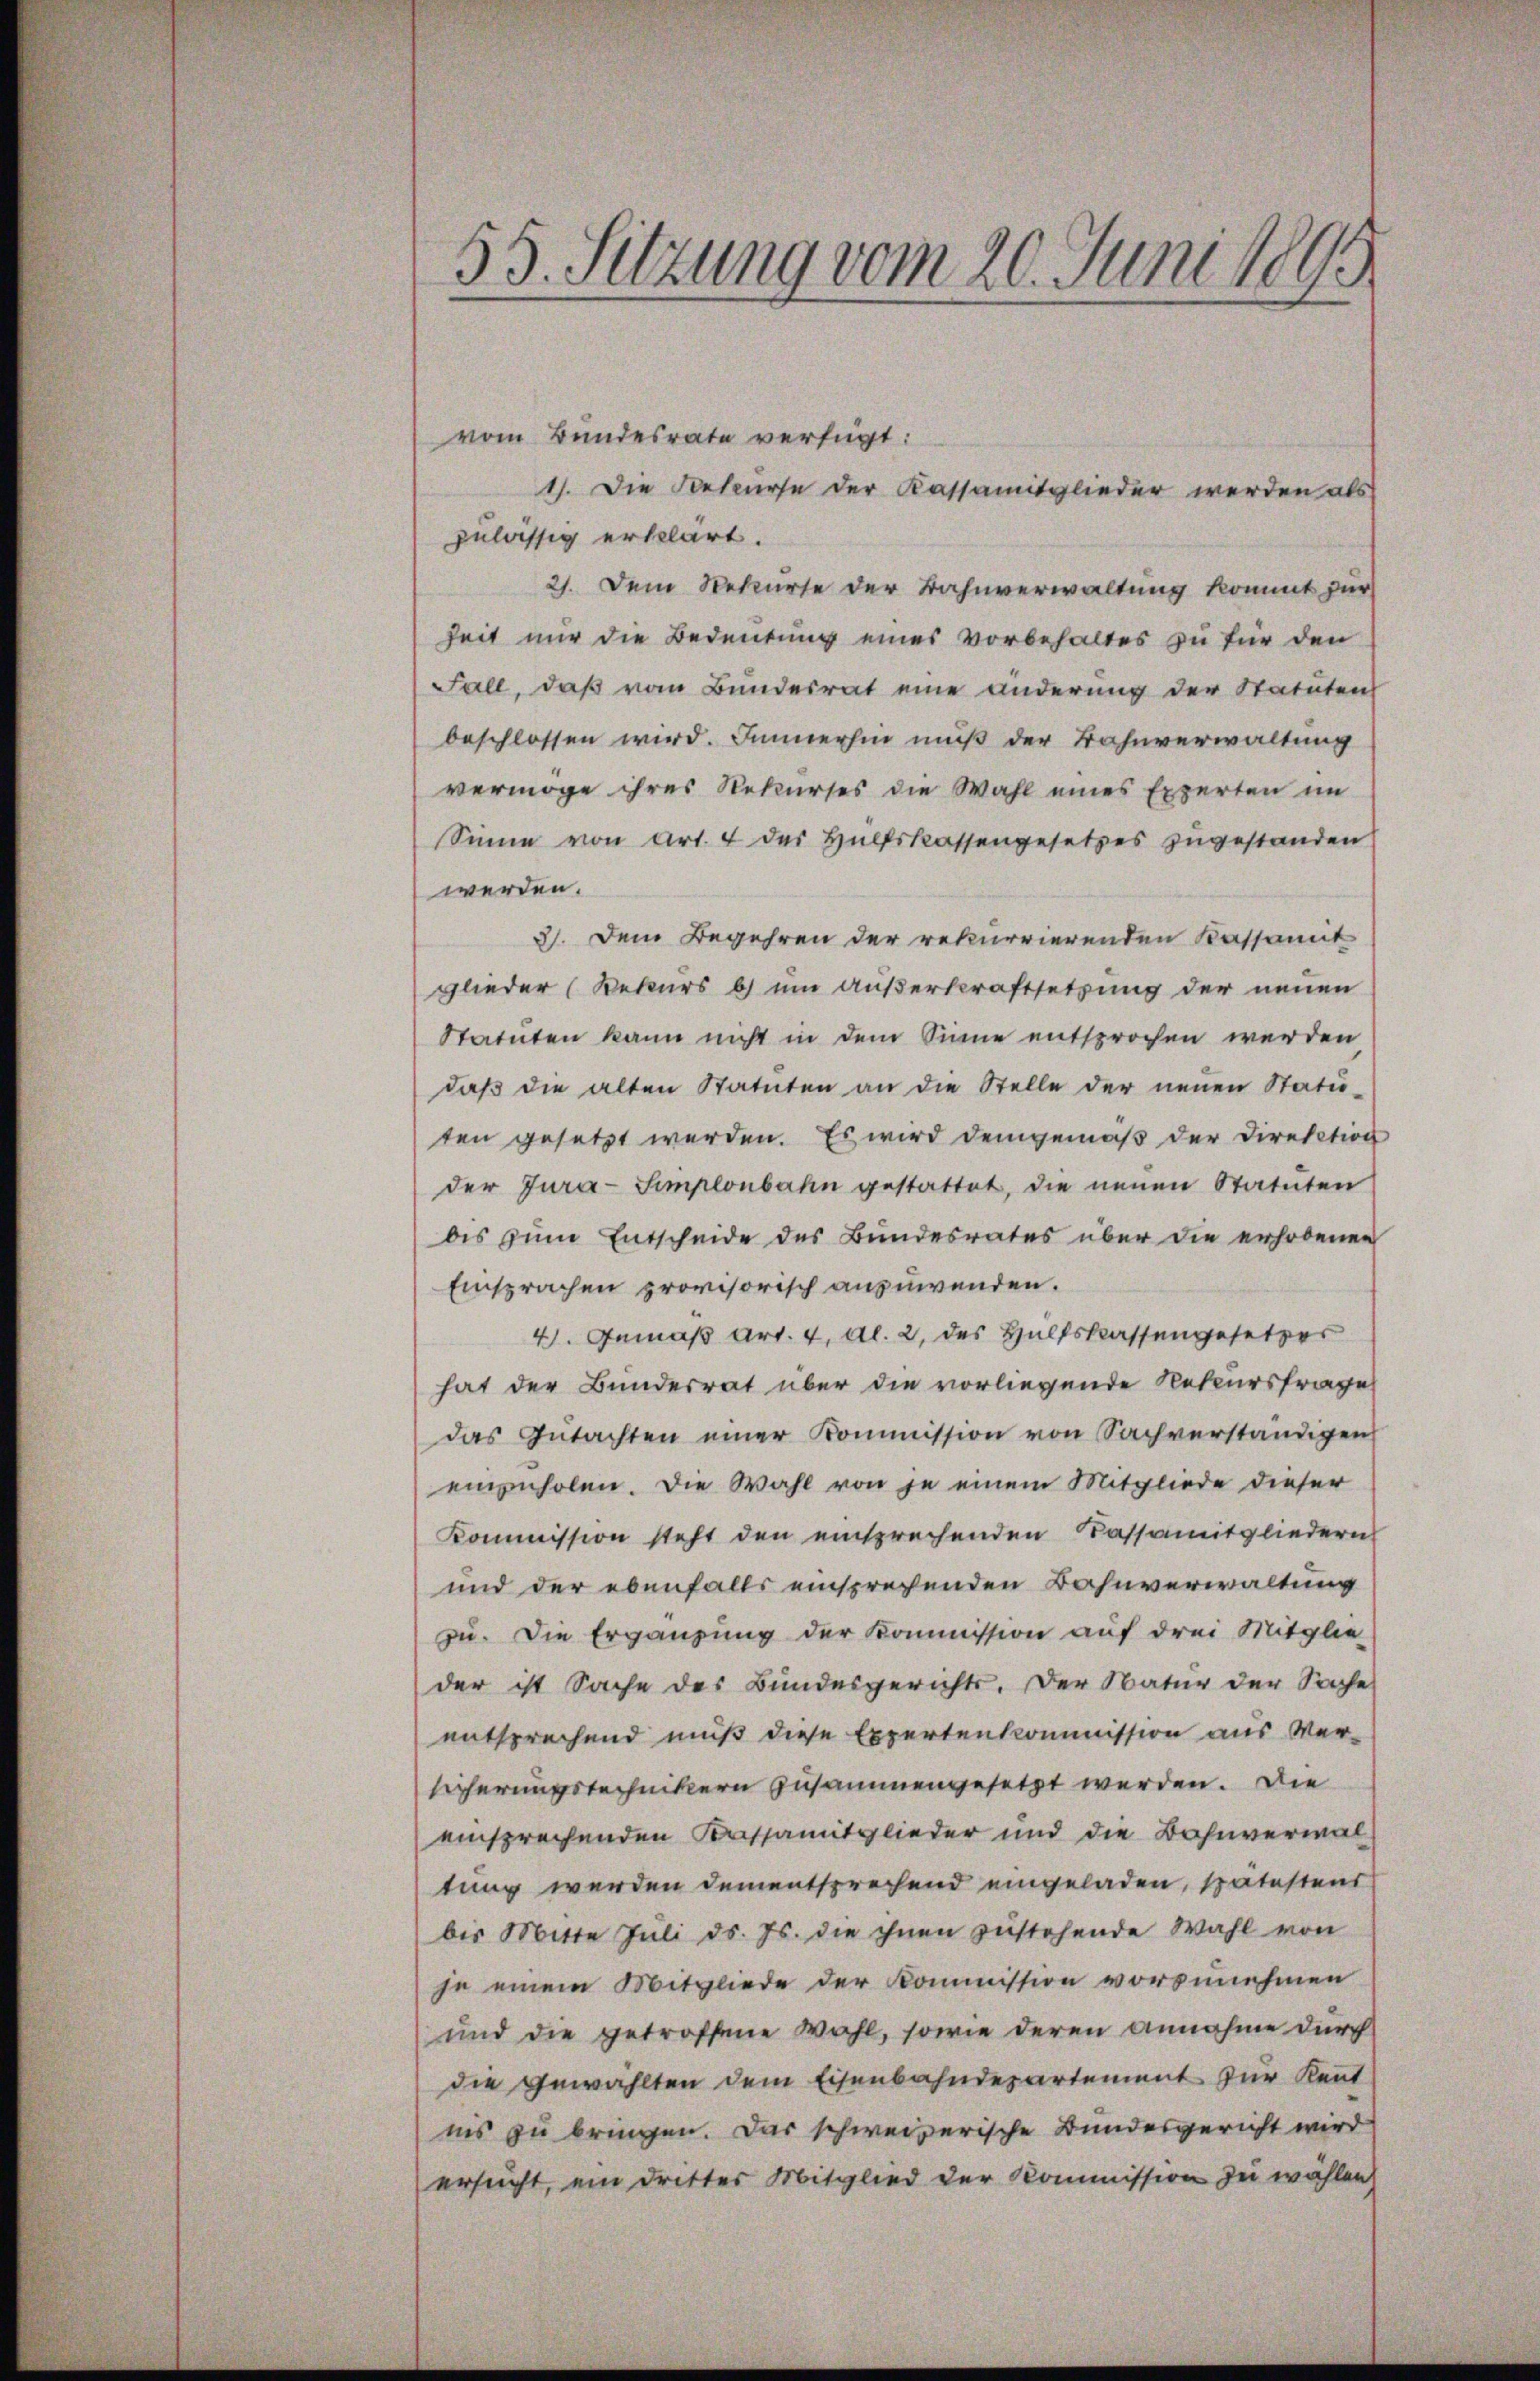
55. Sitzung vom 20. Juni 1895

vom Bundesrate verfügt:
1). Die Rekurse der Kassamitglieder werden als
zulässig erklärt.
21. Dem Rekurse der Bahnverwaltung kommt zur
heit nur die Bedeutung eines vorbehaltes zu für den
Fall, daß vom Bundesrat eine änderung der Statuten
beschlossen wird. Immerhin muß der Bahnverwaltung
vermöge ihres Rekurses die Wahl eines Experten im
Sinne von Art. 4 der Hülfskassengesetzes zugestanden
werden.
3). Dem Begehren der rekurrierenden Kassamit
glieder (Rekurs b) um Außerkraftsetzung der neuen
Statuten kann nicht in dem Sinne entsprochen werden
daβ die alten Statuten an die Stelle der neuen Statu-
ten gesetzt werden. Es wird demgemäß der Direktion
der Jura-Simplonbahn gestattet, die neuen Statuten
bis zum Entscheide des Bundesrates über die erhobenen
Einsprachen provisorisch anzuwenden.
4. Gemäß Art. 4, Al. 2, des Hülfskassengesetzes
hat der Bunderrat über die vorliegende Rekursfrage
das Gŭtachten einer Kommission von Sachverständigen
einzuholen. Die Wahl von je einem Mitgliede dieser
Kommission steht den einsprechenden Kassamitgliedern
und der ebenfalls einsprechenden Bahnverwaltung
zu. Die Ergänzung der Kommission auf drei Mitglie-
der ist Sache des Bundesgerichts. Der Natur der Sache
entsprechend muß diese Expertenkommission aus Ver-
sicherungstechnikern zusammengesetzt werden. Die
einsprechenden Kassamitglieder und die Bahnvermaltung werden dementsprechend eingeladen, spätestens
bis Mitte Juli d. Js. die ihnen zustehende Wahl von
je einem Mitgliede der Kommission vorzunehmen
und die getroffene Wahl, sowie deren annahme durch
die Gewählten dem Eisenbahndepartement zur Kennt
nis zu bringen. Das schweizerische Bundesgericht wird
ersucht, ein dritter Mitglied der Kommission zu wählen.